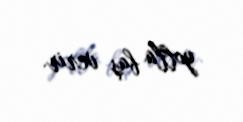
yolla baş verir.